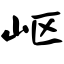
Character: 岖